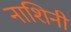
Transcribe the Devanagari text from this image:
नाशिनी